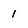
Character: 1